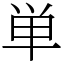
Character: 単